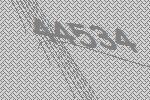
44534